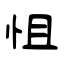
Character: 怚